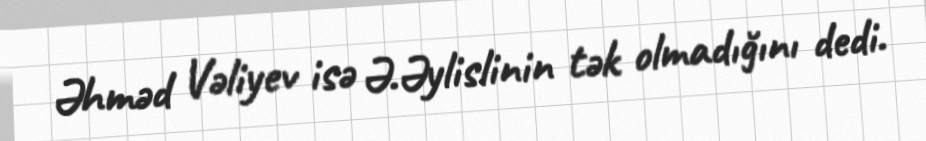
Əhməd Vəliyev isə Ə.Əylislinin tək olmadığını dedi.